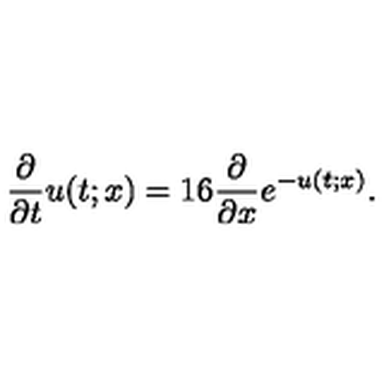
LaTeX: \frac { \partial } { \partial t } u ( t ; x ) = 1 6 \frac { \partial } { \partial x } e ^ { - u ( t ; x ) } .